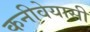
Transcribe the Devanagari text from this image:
कनीवेयासी